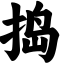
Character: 捣